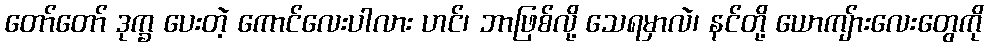
တော်တော် ဒုက္ခ ပေးတဲ့ ကောင်လေးပါလား ဟင်၊ ဘာဖြစ်လို့ သေရမှာလဲ၊ နင်တို့ ယောကျ်ားလေးတွေကို